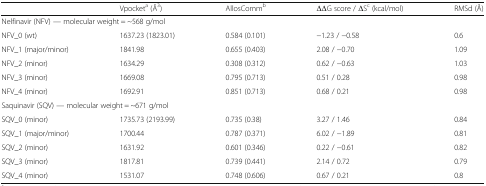
<table><thead><tr><td></td><td><b>Vpocket<sup>a</sup> (Å<sup>3</sup>)</b></td><td><b>AllosComm<sup>b</sup></b></td><td><b>ΔΔG score / ΔS<sup>c</sup> (kcal/mol)</b></td><td><b>RMSd (Å)</b></td></tr></thead><tbody><tr><td colspan="5">Nelfinavir (NFV) — molecular weight = ~568 g/mol</td></tr><tr><td>NFV_0 (wt)</td><td>1637.23 (1823.01)</td><td>0.584 (0.101)</td><td>−1.23 / −0.58</td><td>0.6</td></tr><tr><td>NFV_1 (major/minor)</td><td>1841.98</td><td>0.655 (0.403)</td><td>2.08 / −0.70</td><td>1.09</td></tr><tr><td>NFV_2 (minor)</td><td>1634.29</td><td>0.308 (0.312)</td><td>0.62 / −0.63</td><td>1.03</td></tr><tr><td>NFV_3 (minor)</td><td>1669.08</td><td>0.795 (0.713)</td><td>0.51 / 0.28</td><td>0.98</td></tr><tr><td>NFV_4 (minor)</td><td>1692.91</td><td>0.851 (0.713)</td><td>0.68 / 0.21</td><td>0.98</td></tr><tr><td colspan="5">Saquinavir (SQV) — molecular weight = ~671 g/mol</td></tr><tr><td>SQV_0 (minor)</td><td>1735.73 (2193.99)</td><td>0.735 (0.38)</td><td>3.27 / 1.46</td><td>0.84</td></tr><tr><td>SQV_1 (major/minor)</td><td>1700.44</td><td>0.787 (0.371)</td><td>6.02 / −1.89</td><td>0.81</td></tr><tr><td>SQV_2 (minor)</td><td>1631.92</td><td>0.601 (0.346)</td><td>0.22 / −0.61</td><td>0.82</td></tr><tr><td>SQV_3 (minor)</td><td>1817.81</td><td>0.739 (0.441)</td><td>2.14 / 0.72</td><td>0.79</td></tr><tr><td>SQV_4 (minor)</td><td>1531.07</td><td>0.748 (0.606)</td><td>0.67 / 0.21</td><td>0.8</td></tr></tbody></table>